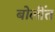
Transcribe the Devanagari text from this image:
बोलींत